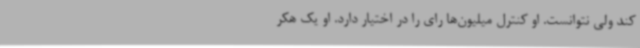
کند ولی نتوانست. او کنترل میلیون‌ها رای را در اختیار دارد. او یک هکر